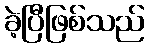
ခဲ့ပြီဖြစ်သည်